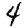
Digit: 4